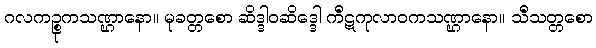
ဂလကဉ္စုကသဏ္ဌာနော။ မုခတ္တစော ဆိဒ္ဒါဝဆိဒ္ဒေါ ကီဋကုလာဝကသဏ္ဌာနော။ သီသတ္တစော